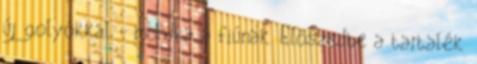
új golyókkal - mondta a fiúnak. Előszedte a tartalék